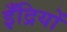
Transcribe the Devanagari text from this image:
इँद्रियों